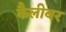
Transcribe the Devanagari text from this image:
कैलीबर